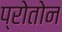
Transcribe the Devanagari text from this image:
प्रोतोन